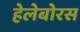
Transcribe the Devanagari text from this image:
हेलेबोरस